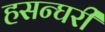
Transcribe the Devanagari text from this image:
हसन्घरी